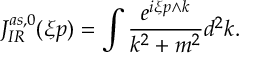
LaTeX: J _ { I R } ^ { a s , 0 } ( \xi p ) = \int \frac { e ^ { i \xi p \wedge k } } { k ^ { 2 } + m ^ { 2 } } d ^ { 2 } k .